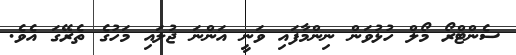
ސެންޓްރޯ މޯލް ހުޅުވަން ނިންމާފައި ވަނީ އަންނަ ޖުލައި މަހުގެ ތެރޭގަ އެވެ.